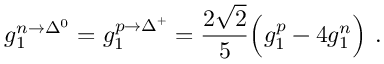
g _ { 1 } ^ { n \rightarrow \Delta ^ { 0 } } = g _ { 1 } ^ { p \rightarrow \Delta ^ { + } } = \frac { 2 \sqrt { 2 } } { 5 } \Big ( g _ { 1 } ^ { p } - 4 g _ { 1 } ^ { n } \Big ) \ .